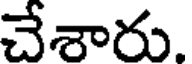
చేశారు.